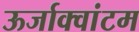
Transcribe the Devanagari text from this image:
ऊर्जाक्वांटम